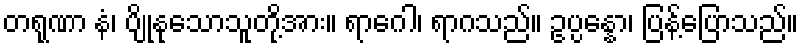
တရုဏာ နံ၊ ပျိုနုသောသူတို့အား။ ရာဂေါ၊ ရာဂသည်။ ဥပ္ပန္နော၊ ပြန့်ပြောသည်။